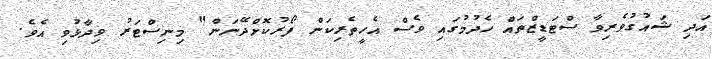
އަދި ޝައުގުވެރިވާ ސްޓަޑީޒްތައް ހެދުމުގައި ވެސް އެހީތެރިކަން ފޯރުކޮށްދޭނަން" މިނިސްޓަރު ވިދާޅުވި އެވެ.